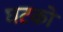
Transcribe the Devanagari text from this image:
घटको